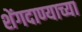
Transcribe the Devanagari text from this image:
शेंगदाण्याच्या